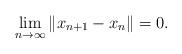
LaTeX: \begin{align*}\lim_{n\rightarrow \infty }\left\Vert x_{n+1}-x_{n}\right\Vert =0.\end{align*}